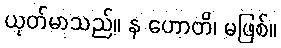
ယုတ်မာသည်။ န ဟောတိ၊ မဖြစ်။